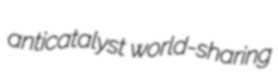
anticatalyst world-sharing